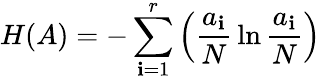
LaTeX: H(A)=-\sum_{\mathbf{i}=1}^{r}\left(\frac{{a_{\mathbf{i}}}}{{N}}\, \ln\frac{{a_{\mathbf{i}}}}{{N}}\right)